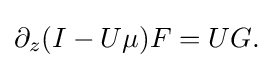
\displaystyle {\partial _{z}(I-U\mu )F=UG.}